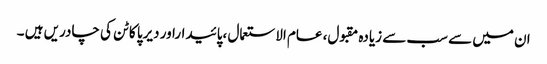
ان میں سے سب سے زیادہ مقبول، عام الاستعمال ،پائیداراور دیرپا کاٹن کی چادریں ہیں ۔